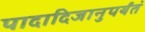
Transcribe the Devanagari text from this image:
पादादिजानुपर्यंतं